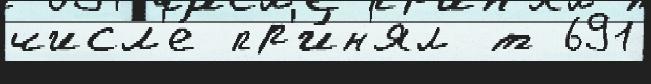
числ'е́ пр'и́н'ял т 691